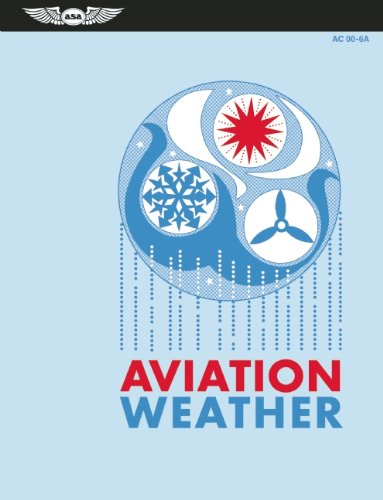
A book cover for Aviation Weather (FAA Handbooks series); Federal Aviation Administration (FAA)/Aviation Supplies & Academics (ASA); Engineering & Transportation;